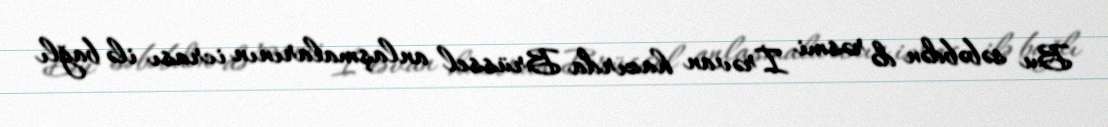
Bu səbəbdən də rəsmi İrəvan hazırda Brüssel anlaşmalarının icrası ilə bağlı